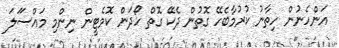
އަންހެނުން ހިތާނު ކުރުމާބެހޭ ގޮތުން ދެކޭ ގޮތް ހޯދަން ކޮމެޓީން ނިންމި މައްސަަލަ